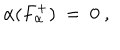
\alpha ( F _ { \alpha } ^ { + } ) ~ = ~ 0 ~ ,